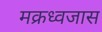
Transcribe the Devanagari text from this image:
मक्रध्वजास